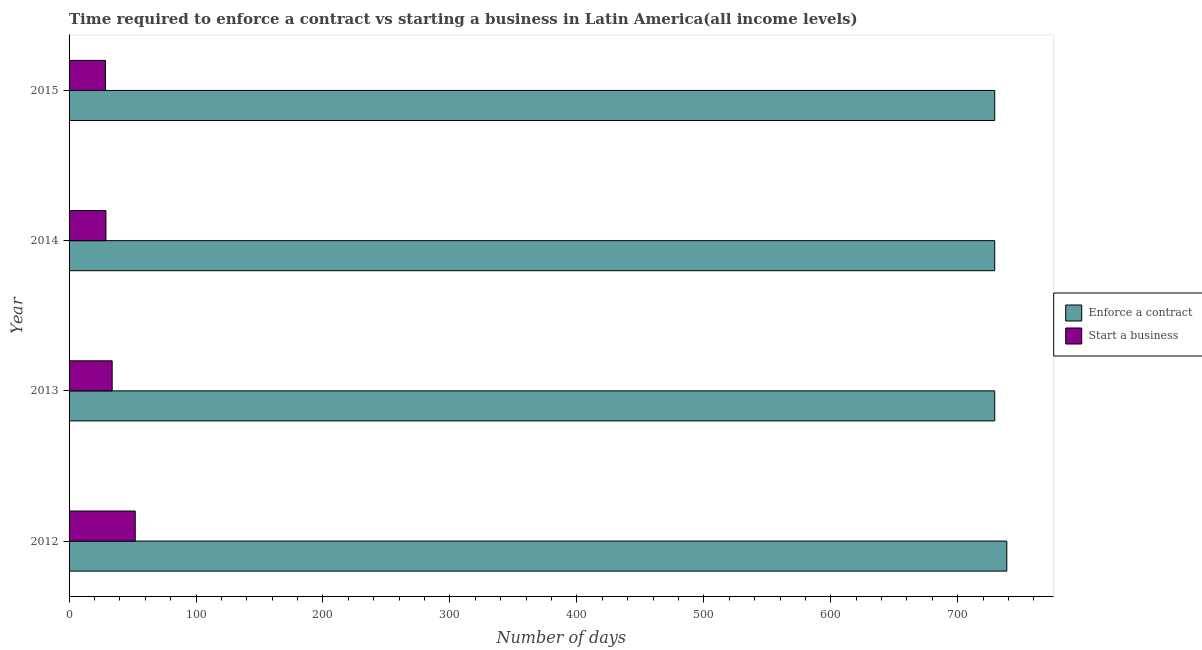
| Year | Enforce a contract | Start a business |
 | --- | --- | --- |
 | 2012 | 739 | 52.1 |
 | 2013 | 729 | 34 |
 | 2014 | 729 | 29 |
 | 2015 | 729 | 28.7 |